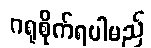
ဂရုစိုက်ရပါမည်